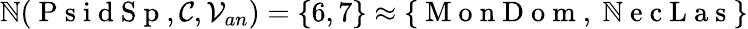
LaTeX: \mathbb{N}(\mathrm{{~P~s~i~d~S~p~}},\mathcal{{C}},\mathcal{{V}}_{an})=\{ 6,7\} \approx\{ \mathrm{{~M~o~n~D~o~m~}},\mathrm{{~\mathbb{N}~e~c~L~a~s~}}\}